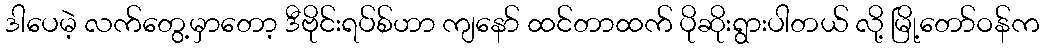
ဒါပေမဲ့ လက်တွေ့မှာတော့ ဒီဗိုင်းရပ်စ်ဟာ ကျနော် ထင်တာထက် ပိုဆိုးရွားပါတယ် လို့ မြို့တော်ဝန်က